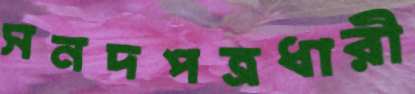
সনদপত্রধারী